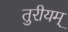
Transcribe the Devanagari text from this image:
तुरीयम्